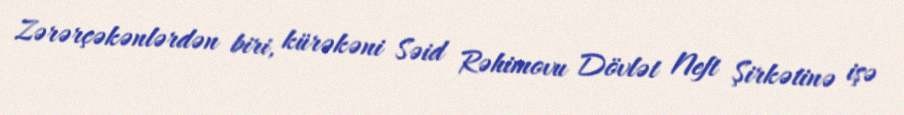
Zərərçəkənlərdən biri, kürəkəni Səid Rəhimovu Dövlət Neft Şirkətinə işə